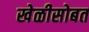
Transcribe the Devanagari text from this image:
खेळीसोबत